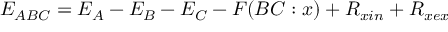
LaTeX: E _ { A B C } = E _ { A } - E _ { B } - E _ { C } - F ( B C : x ) + R _ { x i n } + R _ { x e x }